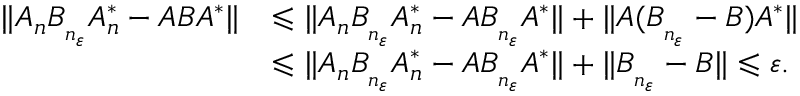
\begin{array} { r l } { \| A _ { n } B _ { _ { n _ { \varepsilon } } } A _ { n } ^ { * } - A B A ^ { * } \| } & { \leqslant \| A _ { n } B _ { _ { n _ { \varepsilon } } } A _ { n } ^ { * } - A B _ { _ { n _ { \varepsilon } } } A ^ { * } \| + \| A ( B _ { _ { n _ { \varepsilon } } } - B ) A ^ { * } \| } \\ & { \leqslant \| A _ { n } B _ { _ { n _ { \varepsilon } } } A _ { n } ^ { * } - A B _ { _ { n _ { \varepsilon } } } A ^ { * } \| + \| B _ { _ { n _ { \varepsilon } } } - B \| \leqslant \varepsilon . } \end{array}